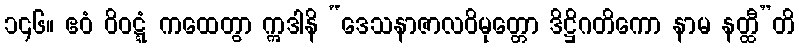
၁၄၆။ ဧဝံ ဝိဝဋ္ဋံ ကထေတွာ ဣဒါနိ “ဒေသနာဇာလဝိမုတ္တော ဒိဋ္ဌိဂတိကော နာမ နတ္ထီ”တိ